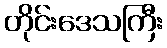
တိုင်းဒေသကြီး